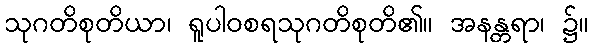
သုဂတိစုတိယာ၊ ရူပါဝစရသုဂတိစုတိ၏။ အနန္တရာ၊ ၌။